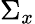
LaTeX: \Sigma_{x}